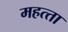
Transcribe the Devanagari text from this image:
महत्‍ता